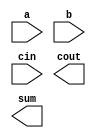
//Create a full adder. A full adder adds three bits (including carry-in) and produces a sum and carry-out.

module top_module( 
    input a, b, cin,
    output cout, sum );

    // Insert your code here

endmodule